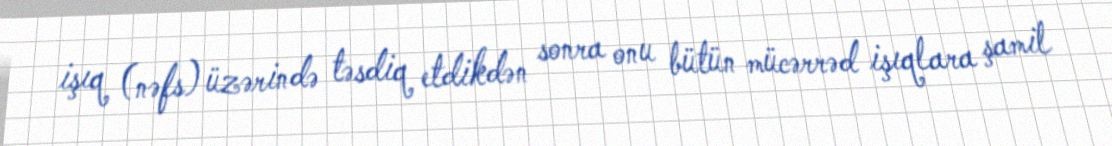
işıq (nəfs) üzərində təsdiq etdikdən sonra onu bütün mücərrəd işıqlara şamil